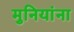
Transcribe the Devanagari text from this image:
मुनियांना